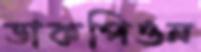
ডাকপিওন